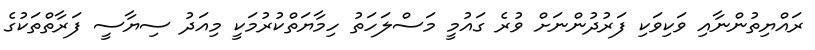
ރައްޔިތުންނާއި ވަކިވަކި ފަރުދުންނަށް ވުރެ ގައުމީ މަސްލަހަތު ހިމާޔަތްކުރުމަކީ މިއަދު ސިޔާސީ ފަރާތްތަކުގެ